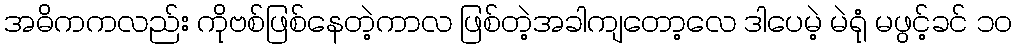
အဓိကကလည်း ကိုဗစ်ဖြစ်နေတဲ့ကာလ ဖြစ်တဲ့အခါကျတော့လေ ဒါပေမဲ့ မဲရုံ မဖွင့်ခင် ၁၀